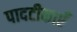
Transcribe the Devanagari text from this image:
पादटीकाएँ